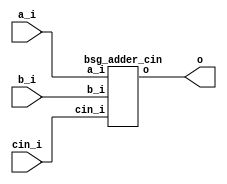
// This program was cloned from: https://github.com/chipsalliance/UHDM-integration-tests
// License: Apache License 2.0



module top
(
  a_i,
  b_i,
  cin_i,
  o
);

  input [15:0] a_i;
  input [15:0] b_i;
  output [15:0] o;
  input cin_i;

  bsg_adder_cin
  wrapper
  (
    .a_i(a_i),
    .b_i(b_i),
    .o(o),
    .cin_i(cin_i)
  );


endmodule



module bsg_adder_cin
(
  a_i,
  b_i,
  cin_i,
  o
);

  input [15:0] a_i;
  input [15:0] b_i;
  output [15:0] o;
  input cin_i;
  wire [15:0] o;
  wire N0,N1,N2,N3,N4,N5,N6,N7,N8,N9,N10,N11,N12,N13,N14,N15;
  assign { N15, N14, N13, N12, N11, N10, N9, N8, N7, N6, N5, N4, N3, N2, N1, N0 } = a_i + b_i;
  assign o = { N15, N14, N13, N12, N11, N10, N9, N8, N7, N6, N5, N4, N3, N2, N1, N0 } + cin_i;

endmodule